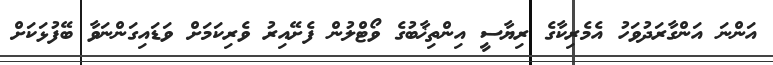
އަންނަ އަންގާރަދުވަހު އެމެރިކާގެ ރިޔާސީ އިންތިޚާބުގެ ވޯޓްލުން ފެށޭއިރު ވެރިކަމަށް ވަޑައިގަންނަވާ ބޭފުޅަކަށް